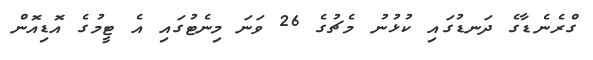
ގްރެނެޑާގެ ދަނޑުގައި ކުޅުނު މެޗުގެ 26 ވަނަ މިނެޓުގައި އެ ޓީމުގެ އޮޑިއޮން